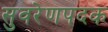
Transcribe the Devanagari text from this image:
सुवरेणपदक